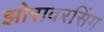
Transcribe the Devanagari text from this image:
झोरावरसिंग